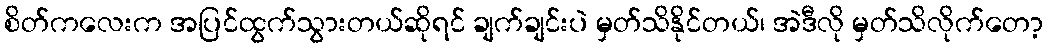
စိတ်ကလေးက အပြင်ထွက်သွားတယ်ဆိုရင် ချက်ချင်းပဲ မှတ်သိနိုင်တယ်၊ အဲဒီလို မှတ်သိလိုက်တော့